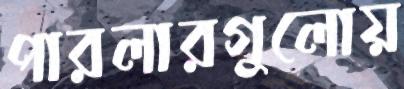
পারলারগুলোয়